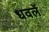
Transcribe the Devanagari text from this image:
धवलें